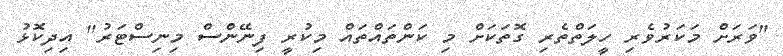
"ވަރަށް މަކަރުވެރި ހީލަތްތެރި ގޮތަކަށް މި ކަންތައްތައް މިކުރީ ފިނޭންސް މިނިސްޓަރު" އިދިކޮޅު